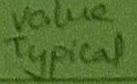
Text: Value Typical